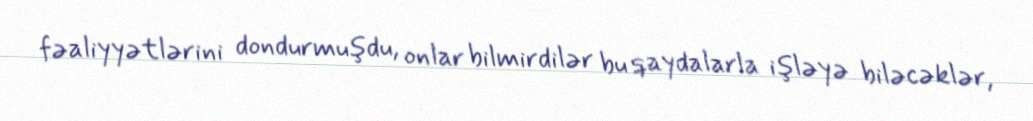
fəaliyyətlərini dondurmuşdu, onlar bilmirdilər bu qaydalarla işləyə biləcəklər,